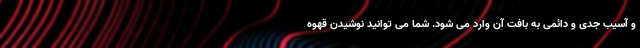
و آسیب جدی و دائمی به بافت آن وارد می شود. شما می توانید نوشیدن قهوه